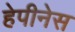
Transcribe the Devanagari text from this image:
हेपीनेस